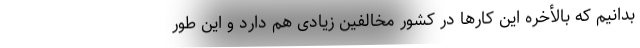
بدانیم که بالأخره این کارها در کشور مخالفین زیادی هم دارد و این طور